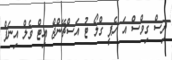
ދިސް ގިވްސް އަ ހެޕީ ގްލޯ ޓު އަސްޗޭންޖް އިޓް ވެލް އިނަފް